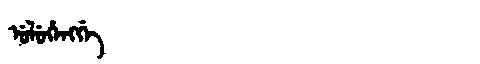
Manchu: ᡠᠯᡠᡥᡝᠩᡤᡝ
Romanization: ULUHENGGE